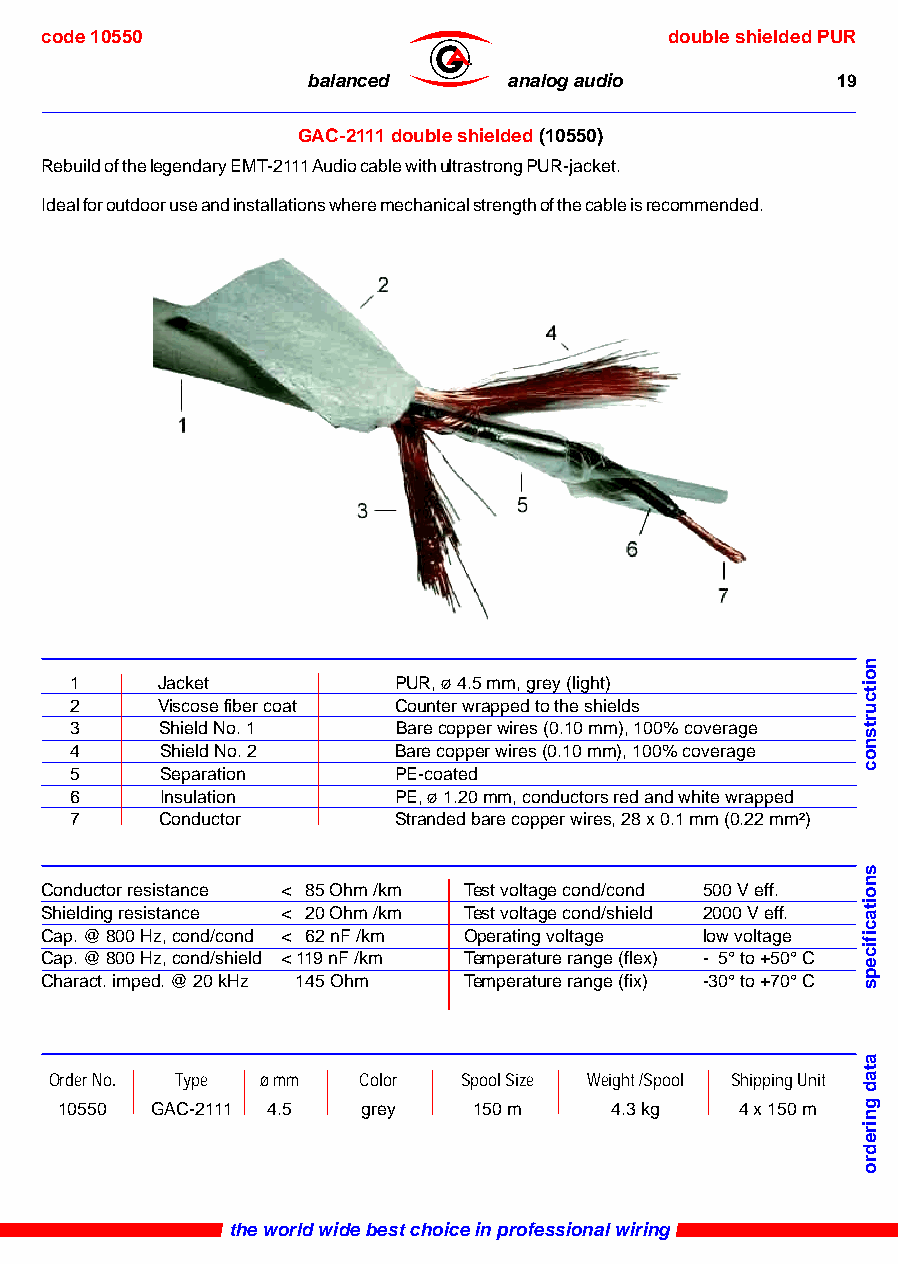
code 10550                               double shielded PUR
 ®
 balanced      analog audio         19
 GAC-2111 double shielded (10550)
 Rebuild of the legendary EMT-2111 Audio cable with ultrastrong PUR-jacket.
 Ideal for outdoor use and installations where mechanical strength of the cable is recommended.
 1    Jacket          PUR, ø 4.5 mm, grey (light)
 2    Viscose fiber coat Counter wrapped to the shields
 3     Shield No. 1   Bare copper wires (0.10 mm), 100% coverage
 4     Shield No. 2   Bare copper wires (0.10 mm), 100% coverage
 5     Separation     PE-coated
 6     Insulation     PE, ø 1.20 mm, conductors red and white wrapped
 7     Conductor      Stranded bare copper wires, 28 x 0.1 mm (0.22 mm²)
 Conductor resistance < 85 Ohm /km Test voltage cond/cond 500 V eff.
 Shielding resistance < 20 Ohm /km Test voltage cond/shield 2000 V eff.
 Cap. @ 800 Hz, cond/cond < 62 nF /km Operating voltage low voltage
 Cap. @ 800 Hz, cond/shield < 119 nF /km Temperature range (flex) - 5° to +50° C
 Charact. imped. @ 20 kHz 145 Ohm Temperature range (fix) -30° to +70° C
 Order No. Type ø mm  Color Spool Size Weight /Spool Shipping Unit
 10550 GAC-2111 4.5  grey   150 m    4.3 kg   4 x 150 m
 the world wide best choice in professional wiring
 noitcurtsnoc
 snoitacificeps
 atad
 gniredro